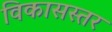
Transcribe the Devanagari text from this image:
विकासस्तर